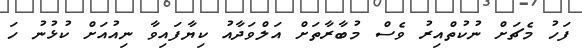
ފަހު މެޗަށް ނުކުތްއިރު ވެސް މުބާރާތަށް އަލްވަދާއު ކިޔާފައިވާ ނިއުއަށް ކުޅުނު ހަ